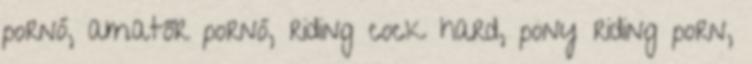
pornó, amatőr pornó, riding cock hard, pony riding porn,